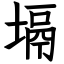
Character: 塥